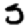
Digit: 5